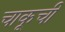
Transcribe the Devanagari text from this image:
चाकूची